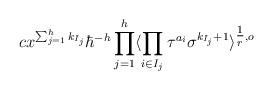
LaTeX: \begin{align*}c x^{\sum_{j=1}^h k_{I_j}}\hbar^{-h} \prod_{j=1}^h\langle \prod_{i \in I_j} \tau^{a_i} \sigma^{k_{I_j}+1}\rangle^{\tfrac1r, o}\end{align*}